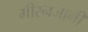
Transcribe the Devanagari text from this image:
मीरनजानी